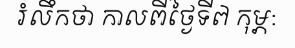
រំលឹកថា កាលពីថ្ងៃទី៧ កុម្ភ: